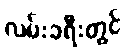
လမ်းခရီးတွင်